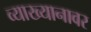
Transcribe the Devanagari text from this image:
व्याख्यानावर